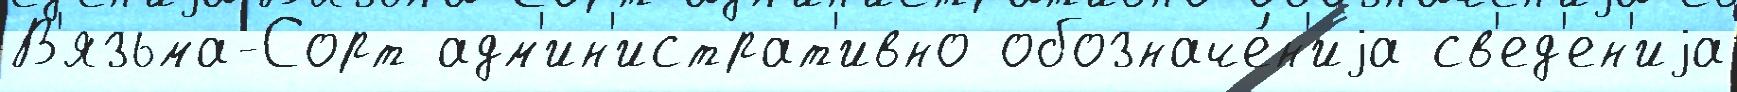
В'язьма-Сорт адм'ин'истрат'ивно обозначе́н'иjа св'ед'ен'иjа